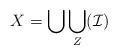
LaTeX: \begin{align*}X = \bigcup \bigcup _Z(\mathcal{I})\end{align*}